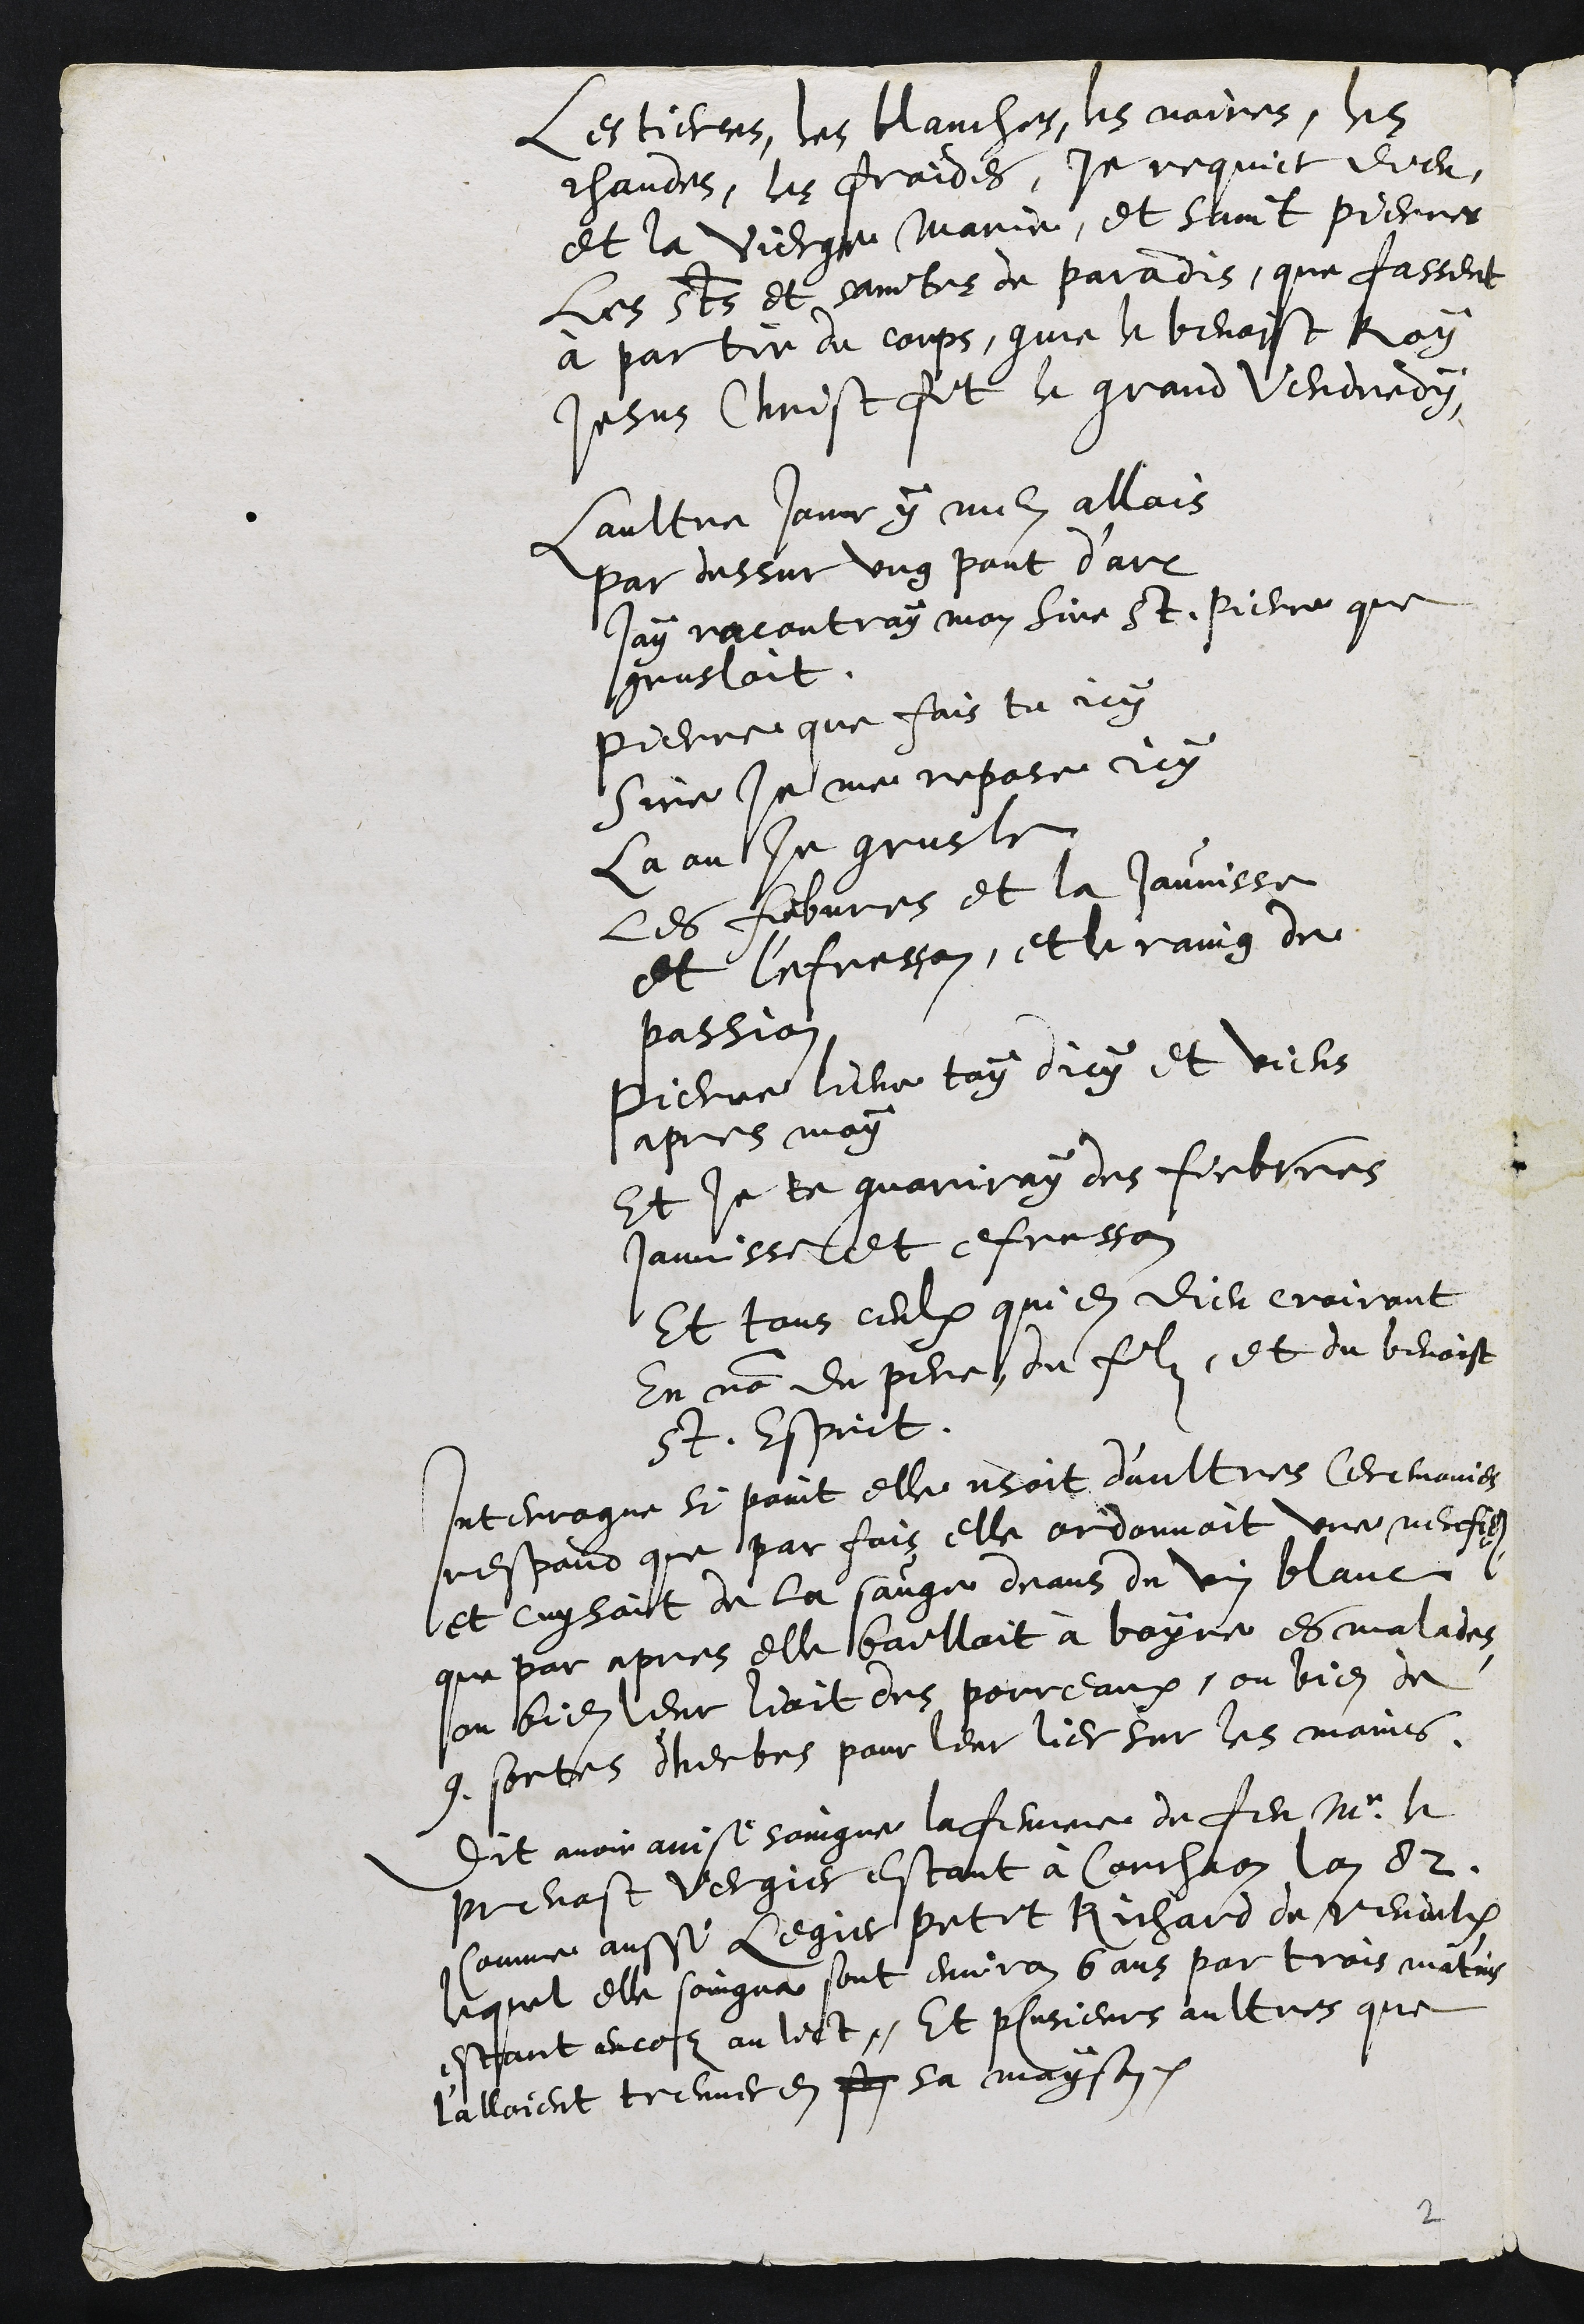
les tierces, les blanches, les noires, les
chaudes, les froides, je requiert dieu,
et la Vierge Marie, et saint Pierres
les sts et saintes de paradis, que fassent
à partir du corps, comme le benoist Roy
Jesus Christ fit le grand Vendredy.
Laultre jour y men allois
par dessus ung pont d'arc
jay racontray mon Sire St. Pierre que
grusloit.
Pierre que fais tu icy
Sire je me repose icy
La ou Je grusle
les fiebvres et la Jaunisse
et l'efresson, et le raing de
passion
Pierre lieve toy dicy et viens
apres moy
Et je te guariray des fiebvres
Jaunisse et efresson
Et tous ceulx qui en Dieu croiront
En nom du pere, du filz, et du benoist
St. Esprit.
Interrogue si point elle usoit d'aultres Ceremonies
respond que par fois elle ordonnoit une necefie
et cuysoit de la sauge deans du vin blanc,
que par apres elle bailloit à boire es malades
ou bien leur lioit des porreaux, ou bien de
9 sortes d'herbes pour leur lier sur les mains.
Dit avoir ainsi soingne la femme de feu Mr le
prevost Vergier estant à Corchaon lan 82
Comme aussi Legier petit Richard de veudulx
lequel elle soingna sont environ 6 ans par trois matins
estant encor au lict, Et plusieurs aultres que
l'alloient treuver en son sa mayson.

2